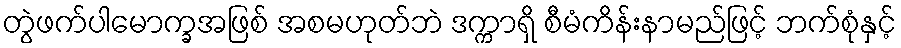
တွဲဖက်ပါမောက္ခအဖြစ် အစမဟုတ်ဘဲ ဒက္ကာရှိ စီမံကိန်းနာမည်ဖြင့် ဘက်စုံနှင့်